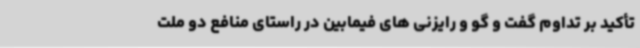
تأکید بر تداوم گفت و گو و رایزنی های فیمابین در راستای منافع دو ملت